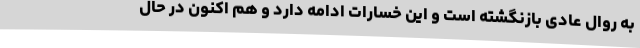
به روال عادی بازنگشته است و این خسارات ادامه دارد و هم اکنون در حال